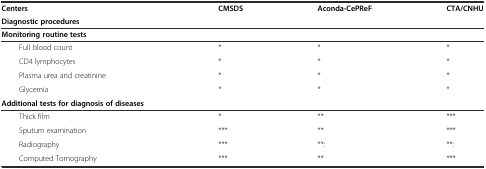
<table><thead><tr><td><b>Centers</b></td><td rowspan="2"><b>CMSDS</b></td><td rowspan="2"><b>Aconda-CePReF</b></td><td rowspan="2"><b>CTA/CNHU</b></td></tr><tr><td><b>Diagnostic procedures</b></td></tr></thead><tbody><tr><td><b>Monitoring routine tests</b></td><td></td><td></td><td></td></tr><tr><td>Full blood count</td><td>*</td><td>*</td><td>*</td></tr><tr><td>CD4 lymphocytes</td><td>*</td><td>*</td><td>*</td></tr><tr><td>Plasma urea and creatinine</td><td>*</td><td>*</td><td>*</td></tr><tr><td>Glycemia</td><td>*</td><td>*</td><td>*</td></tr><tr><td><b>Additional tests for diagnosis of diseases</b></td><td></td><td></td><td></td></tr><tr><td>Thick film</td><td>*</td><td>**</td><td>***</td></tr><tr><td>Sputum examination</td><td>***</td><td>**</td><td>***</td></tr><tr><td>Radiography</td><td>***</td><td>**:</td><td>**:</td></tr><tr><td>Computed Tomography</td><td>***</td><td>**</td><td>***</td></tr></tbody></table>